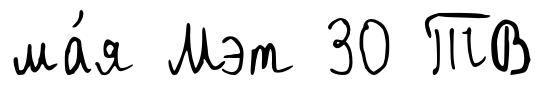
ма́я Мэт 30 ТВ